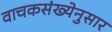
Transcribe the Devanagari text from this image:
वाचकसंख्येनुसार